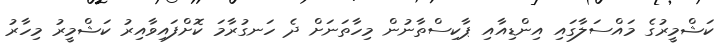
ކަޝްމީރުގެ މައްސަލާގައި އިންޑިއާއި ޕާކިސްތާނުން މިހާތަނަށް ދެ ހަނގުރާމަ ކޮށްފައިވާއިރު ކަޝްމީރު މިހާރު